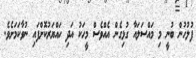
ފުލުހުން ބުނީ މި މައްސަލައާ ގުޅިގެން އެއްވެސް މީހަކު އަދި ހައްޔަރުކޮށްފައި ނުވާކަމަށެވެ.